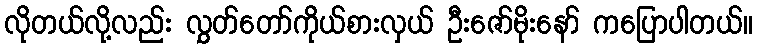
လိုတယ်လို့လည်း လွှတ်တော်ကိုယ်စားလှယ် ဦးဇော်မိုးနော် ကပြောပါတယ်။